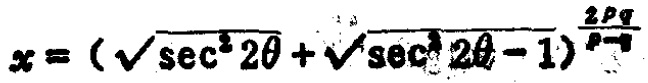
\(x = (\sqrt{\sec^{2}2\theta}+\sqrt{\sec^{2}2\theta - 1})^{\frac{2pq}{p - q}}\)